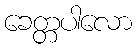
ခေတ္တပါလော